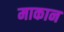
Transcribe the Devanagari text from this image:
माकान